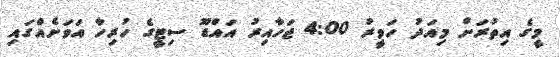
މީގެ އިތުރަށް މިއަދު ހަވީރު 4:00 ޖަހާއިރު އައްޑޫ ސިޓީގެ ހުރިހާ އަވަށެއްގައި